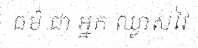
ធម៌ ជា អ្នក ឈ្លាសវៃ